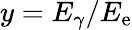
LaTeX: y=E_{\gamma}/E_{\mathrm{e}}